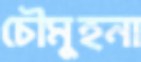
চৌমুহনা